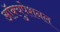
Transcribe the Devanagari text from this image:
ऑक्युपेशनल